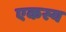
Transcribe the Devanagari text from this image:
एकस्य